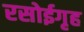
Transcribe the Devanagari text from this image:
रसोईगृह